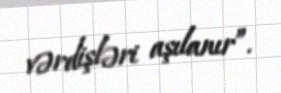
vərdişləri aşılanır”.